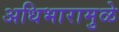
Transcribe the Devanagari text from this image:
अधिभारामुळे